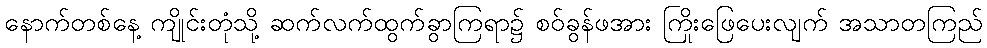
နောက်တစ်နေ့ ကျိုင်းတုံသို့ ဆက်လက်ထွက်ခွာကြရာ၌ စဝ်ခွန်ဖအား ကြိုးဖြေပေးလျက် အသာတကြည်